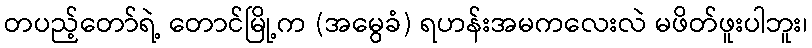
တပည့်တော်ရဲ့ တောင်မြို့က (အမွေခံ) ရဟန်းအမကလေးလဲ မဖိတ်ဖူးပါဘူး၊